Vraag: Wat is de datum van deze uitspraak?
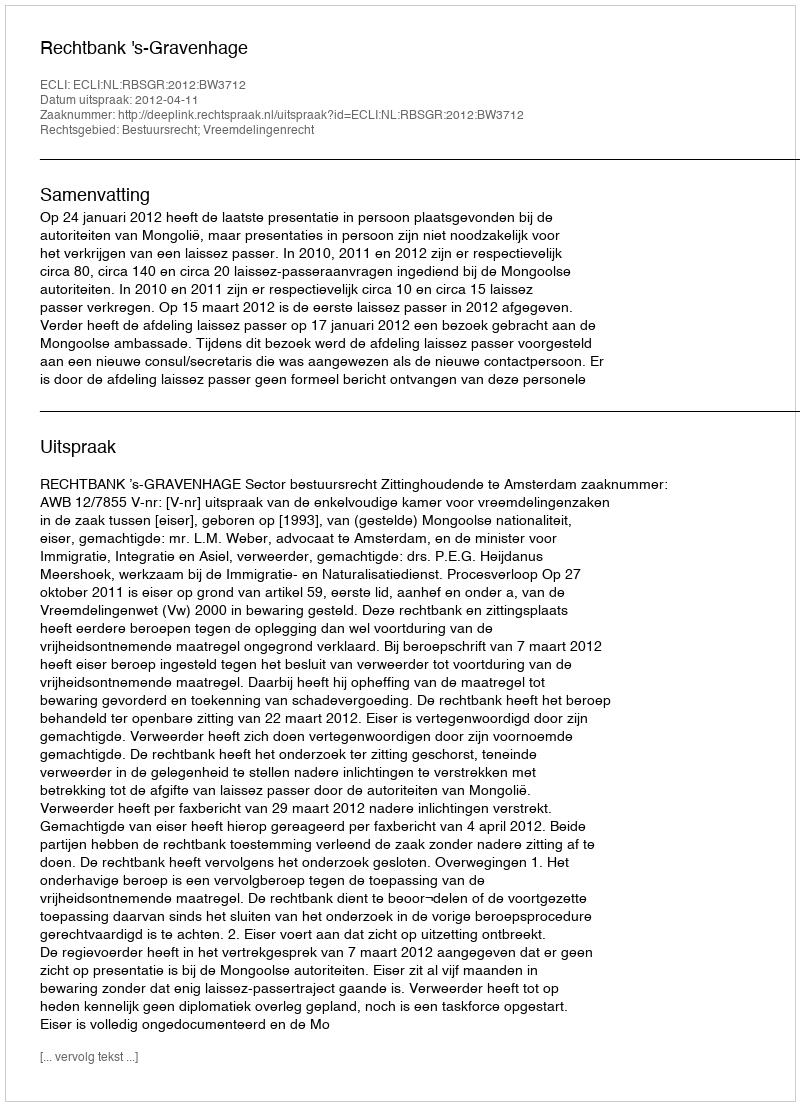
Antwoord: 2012-04-11